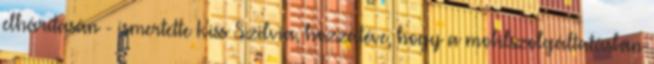
elhárításán - ismertette Kiss Szilvia, hozzátéve, hogy a mobilszolgáltatásban